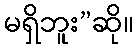
မရှိဘူး”ဆို။